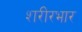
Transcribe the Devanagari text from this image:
शरीरभार